Korporatsioon_Amicitia, lk 11
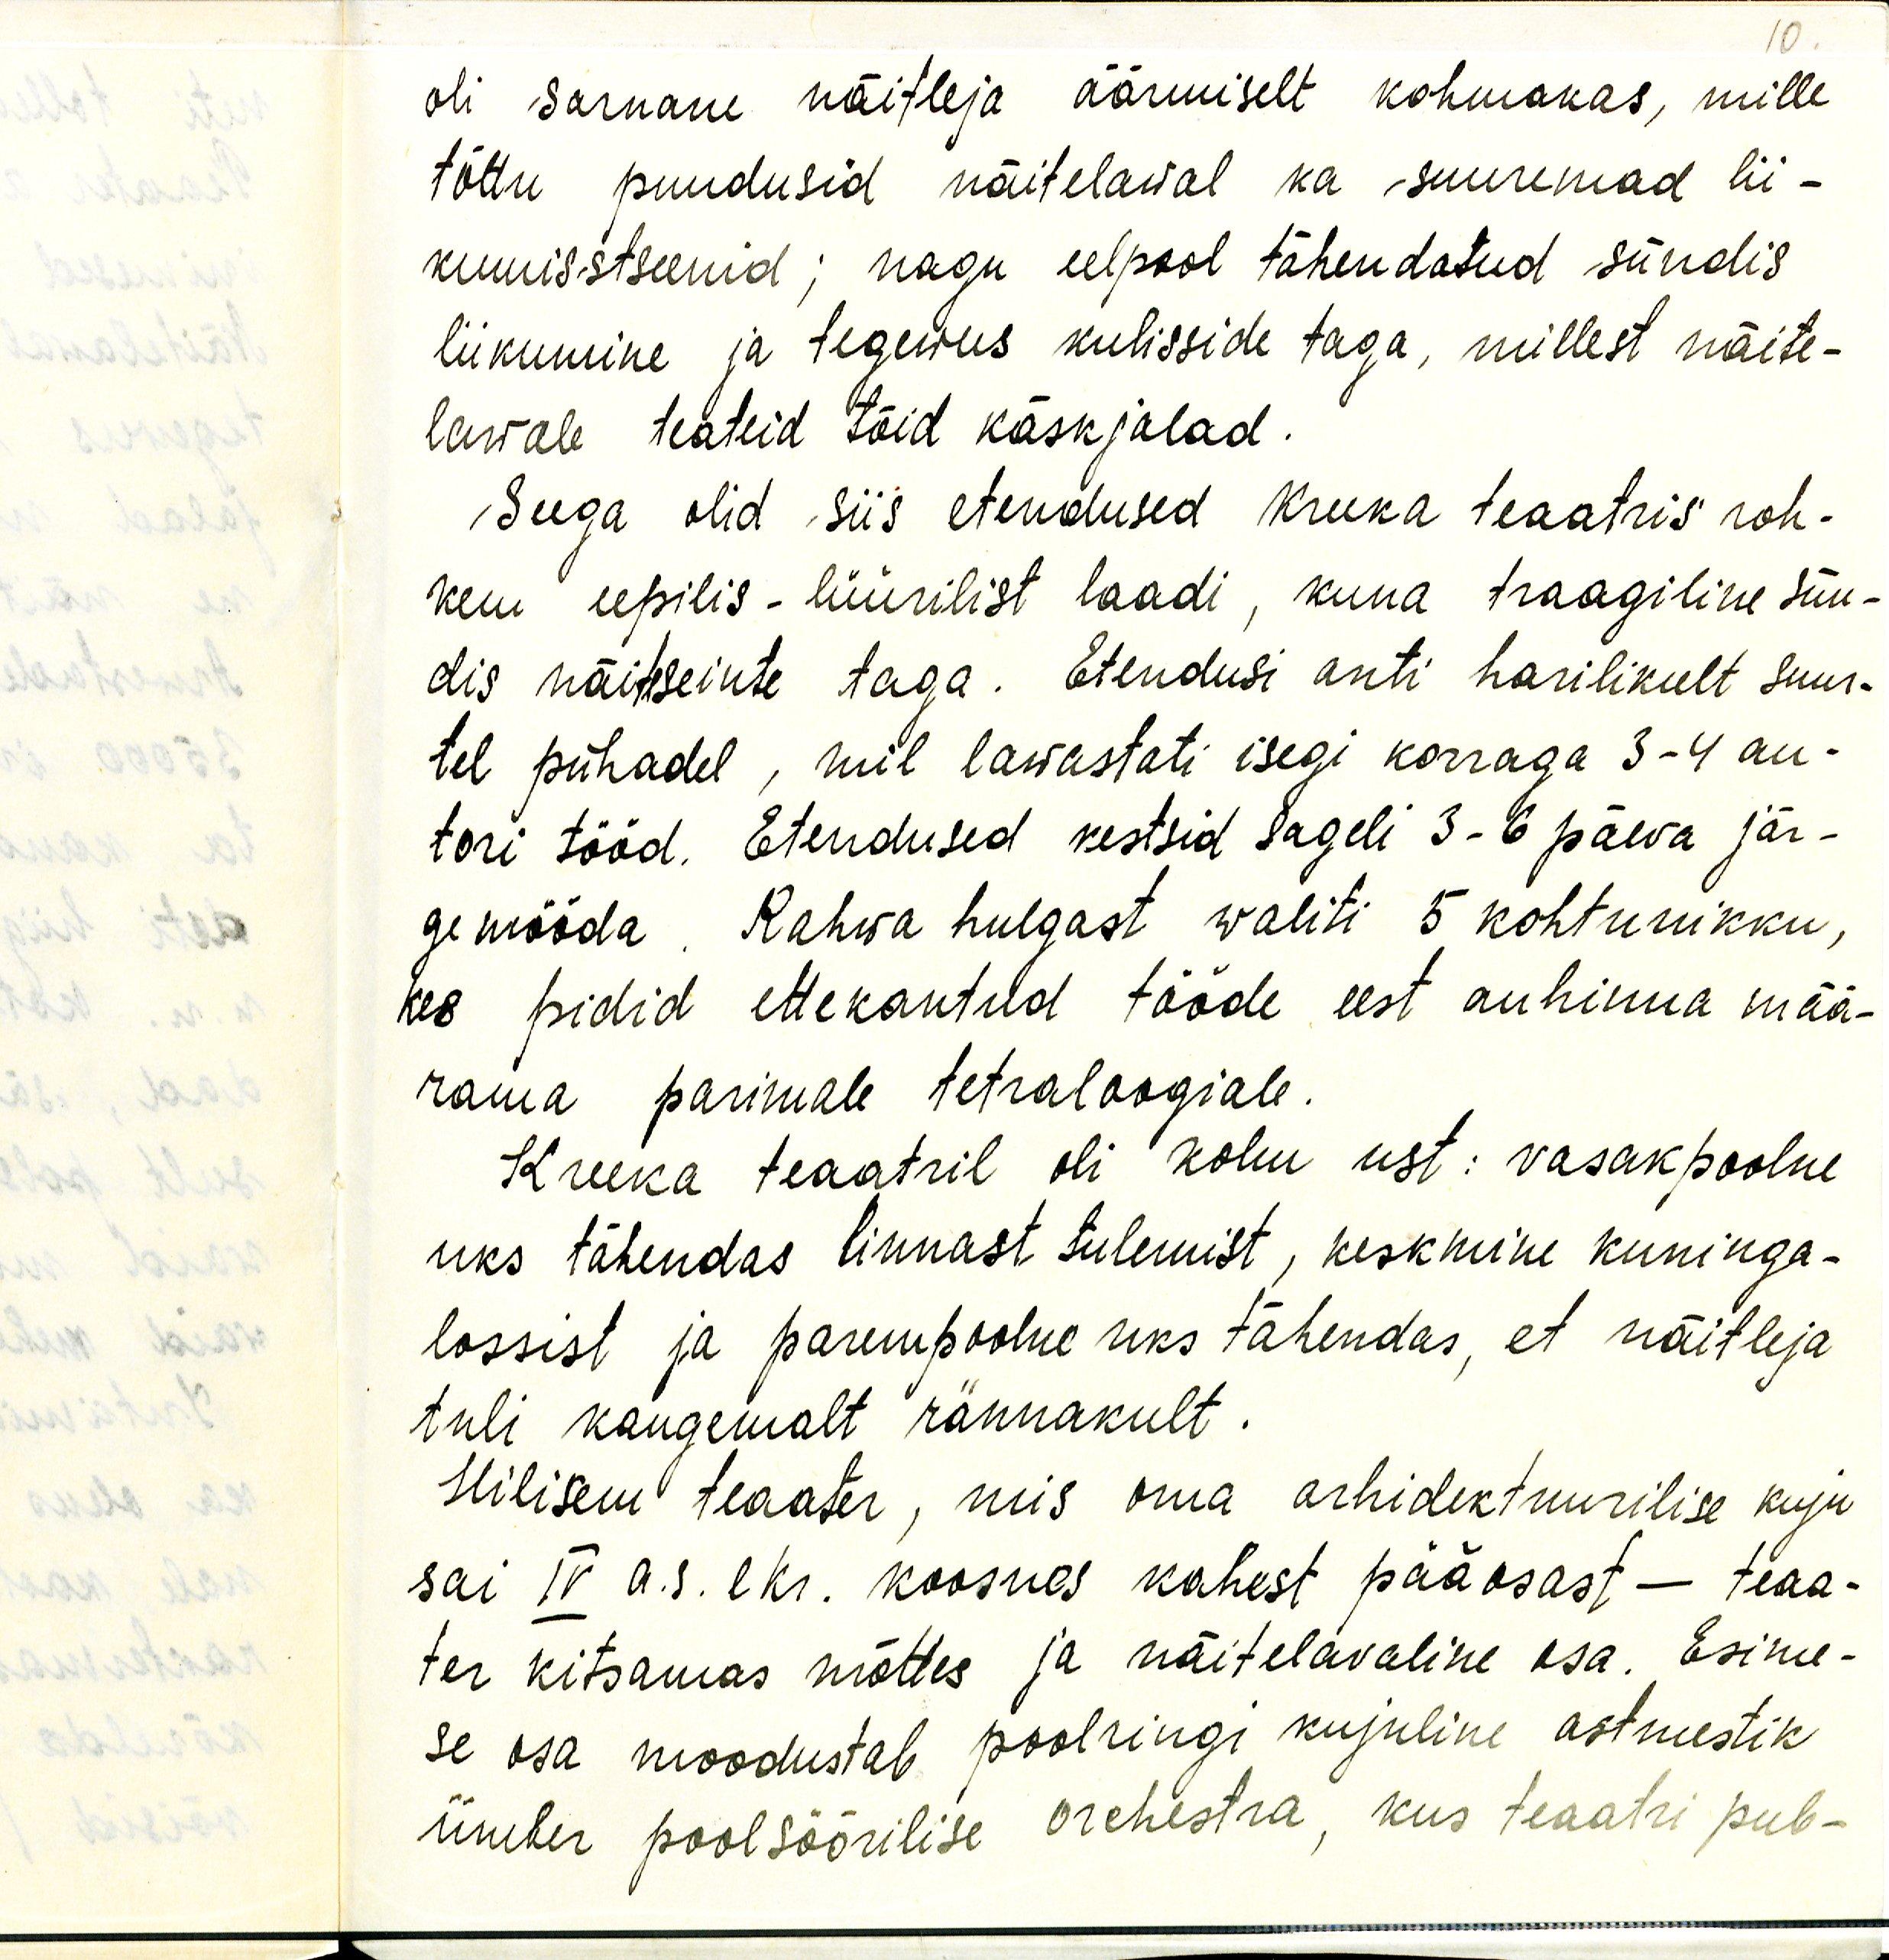
10

oli sarnane näitleja äärmiselt kohmakas, mille
tõttu puudusid näitelawal ka suuremad lii-
kumisstseenid; nagu eelpool tähendatud sündis
liikumine ja tegewus kulisside taga, millest näite-
lawale teateid tõid käskjalad.
Seega olid siis etendused kreeka teaatris roh-
kem eepilis - lüürilist laadi, kuna traagiline sün-
dis näiteseinte taga. Etendusi anti harilikult suur-
tel pühadel, mil lawastati isegi korraga 3-4 au-
tori tööd. Etendused kestsid sageli 3-6 päeva jär-
gemööda. Rahwa hulgast waliti 5 kohtunikku,
kes pidid ettekantud tööde eest auhinna mää-
rama parimale tetraloogiale.
Kreeka teaatril oli kolm ust : vasakpoolne
uks tähendas linnast tulemist, keskmine kuninga-
lossist ja parempoolne uks tähendas, et näitleja
tuli kaugemalt rännakult.
Hilisem teaater, mis oma arhidektuurilise kuju-
sai IV a. s. ekr. koosnes kahest pääosast - teaa-
ter kitsamas mõttes ja näitelavaline osa. Esime-
se osa moodustab poolringi kujuline astmestik
ümber poolsõõrilise orchestra, kus teaatri pub-